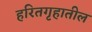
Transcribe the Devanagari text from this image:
हरितगृहातील